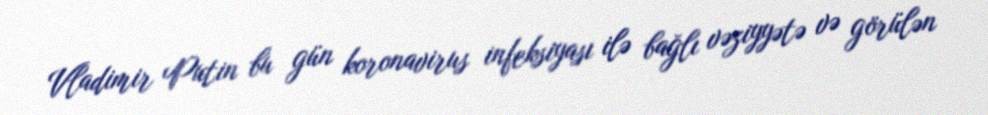
Vladimir Putin bu gün koronavirus infeksiyası ilə bağlı vəziyyətə və görülən